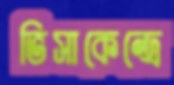
ভিসাকেন্দ্রে